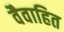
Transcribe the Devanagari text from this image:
वैवाहित